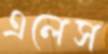
এলেস